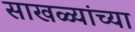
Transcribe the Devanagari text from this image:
साखळ्यांच्या